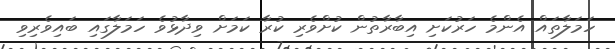
ހަމަލާތައް އެންމެ ހަރުކަށި އިބާރާތުން ކުށްވެރި ކުރާ ކަމަށް ވިދާޅުވެ ހަމަލާގައި ބައިވެރިވި